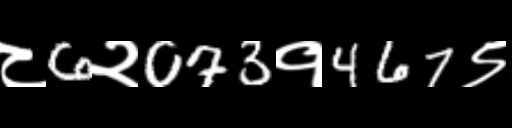
Text: ८6२073१467९